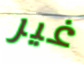
غير